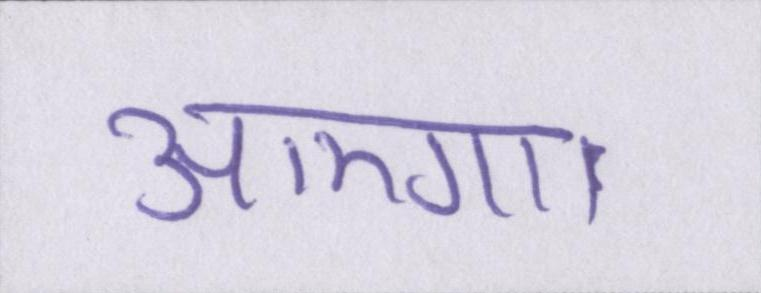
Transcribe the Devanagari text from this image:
आएगा